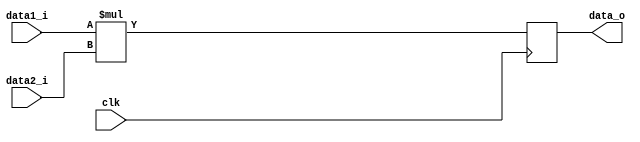
//============================================================================//
//                                                                            //
//      Parameterize multiplier                                               //
//                                                                            //
//      Module name: multiplier                                               //
//      Desc: parameterized multiplier module                                 //
//      Developer: Kaushal Buch                                               //
//      Licence: GNU General Public License ver 3                             //
//      Notes:                                                                //
//                                                                            //
//============================================================================//

module multiplier #(
      //=============================
      // Top level block parameters
      //=============================
      parameter SIGNED       =  1,  // signed number or not 
      parameter DATA_WIDTH_1 = 16,  // number of input bits (multiplier)
      parameter DATA_WIDTH_2 = 16   // number of input bits (multiplicand)
   ) (
      //==============
      // Input Ports
      //==============
      input                    clk,
      `ifdef SIGNED
      input signed [DATA_WIDTH_1-1:0] data1_i,
      input signed [DATA_WIDTH_2-1:0] data2_i,
      `else
      input        [DATA_WIDTH_1-1:0] data1_i,
      input        [DATA_WIDTH_2-1:0] data2_i,
      `endif
      //===============
      // Output Ports
      //===============
      `ifdef SIGNED
      output reg signed [(DATA_WIDTH_1 + DATA_WIDTH_2) -1:0] data_o
      `else
      output reg        [(DATA_WIDTH_1 + DATA_WIDTH_2) -1:0] data_o
      `endif
   );

   //=======================
   // Multiplication Logic
   //=======================
   always @ (posedge clk) begin
      data_o <= data1_i * data2_i;
   end

endmodule